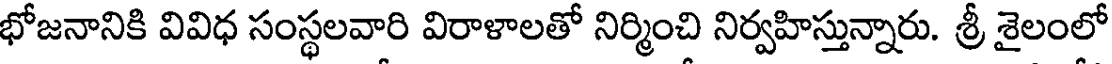
భోజనానికి వివిధ సంస్థలవారి విరాళాలతో నిర్మించి నిర్వహిస్తున్నారు. శ్రీ శైలంలో